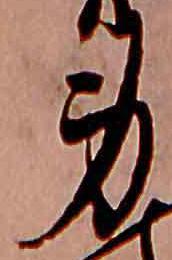
身